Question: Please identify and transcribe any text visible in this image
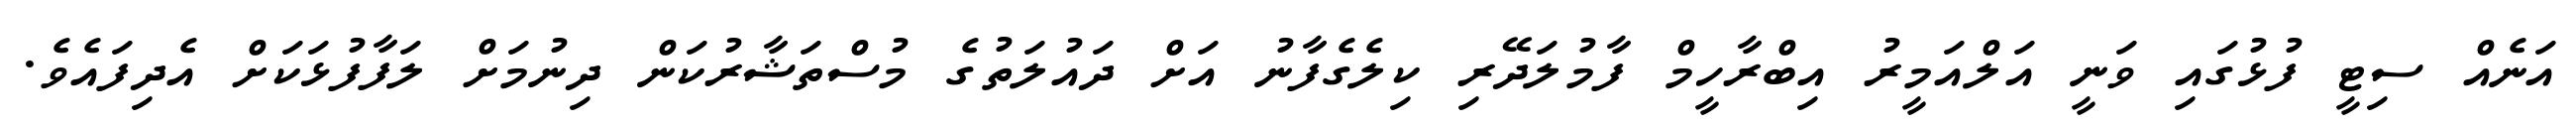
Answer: އަނެއް ސިޓީ ފުޅުގައި ވަނީ އަލްއަމީރު އިބްރާހީމް ފާމުލަދޭރި ކިލެގެފާނު އަށް ދައުލަތުގެ މުސްތަޝާރުކަން ދިނުމަށް ލަފާފުޅަކަށް އެދިފައެވެ.